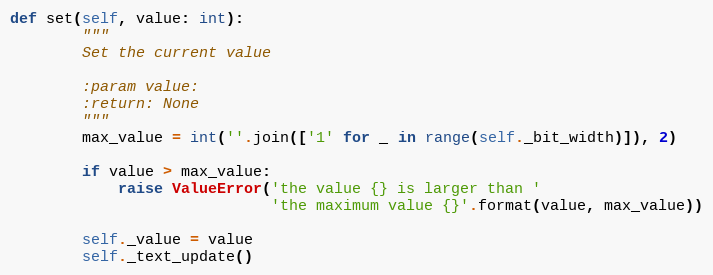
Language: Python
def set(self, value: int):
        """
        Set the current value

        :param value:
        :return: None
        """
        max_value = int(''.join(['1' for _ in range(self._bit_width)]), 2)

        if value > max_value:
            raise ValueError('the value {} is larger than '
                             'the maximum value {}'.format(value, max_value))

        self._value = value
        self._text_update()